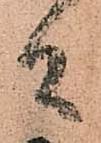
間